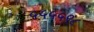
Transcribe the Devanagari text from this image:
५५५५९८